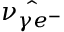
\Hat { \nu _ { \gamma e ^ { - } } }